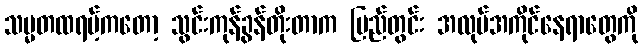
သမ္မတထရမ့်ကတော့ သွင်းကုန်ခွန်တိုးတာက ပြည်တွင်း အလုပ်အကိုင်နေရာတွေကို